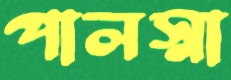
পালস্না